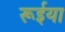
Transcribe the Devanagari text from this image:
रूईया